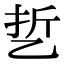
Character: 乴